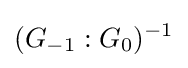
(G_{-1}:G_{0})^{-1}